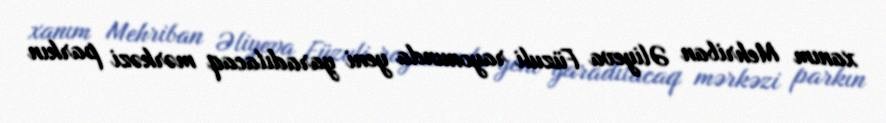
xanım Mehriban Əliyeva Füzuli rayonunda yeni yaradılacaq mərkəzi parkın